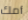
أمك